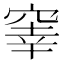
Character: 𥦭